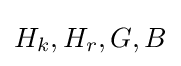
H_{k},H_{r},G,B